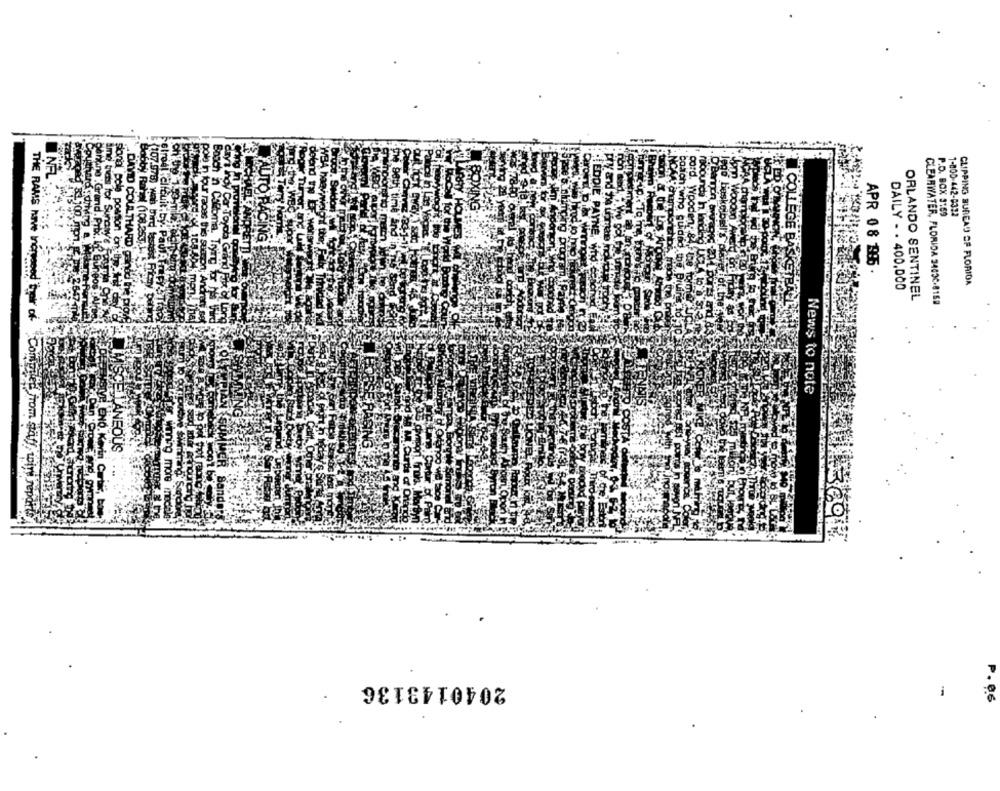
P.O. BOX 3:69
1-800-442-8322
antine : Grand. P
amd triats for Sund
sonial polo positio
DAVID COULTH
APR 0 8 1985
DAILY - . 400,000
CLIPPING BUREAU OF FLORIDA
ORLANDO SENTINEL
CLEARWATER, FLORIDA 24030-8159
THE RAMS have Inorgoned their of-
News to note
CELLANEOUS
SIVE ENO. Kevin
"Compiled from staff, wir report
2040143136
-
P. 0.6